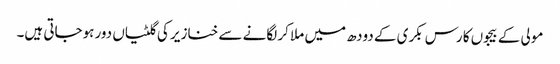
مولی کے بیجوں کا رس بکری کے دودھ میں ملا کر لگانے سے خنازیر کی گلٹیاں دور ہوجاتی ہیں۔